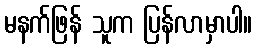
မနက်ဖြန် သူက ပြန်လာမှာပါ။